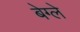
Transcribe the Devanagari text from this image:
बेग्ले